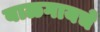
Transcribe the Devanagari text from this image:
बाळगायचे